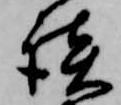
談